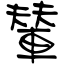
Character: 輦